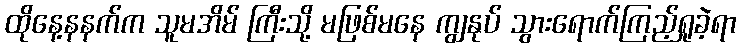
ထိုနေ့နနက်က သူမအိမ် ကြီးသို့ မဖြစ်မနေ ကျွနုပ် သွားရောက်ကြည့်ရှုခဲ့ရာ